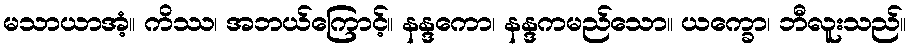
မသာယာအံ့။ ကိဿ၊ အဘယ်ကြောင့်။ နန္ဒကော၊ နန္ဒကမည်သော။ ယက္ခော၊ ဘီလူးသည်။